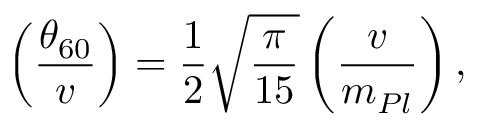
\left( \frac { \theta _ { 6 0 } } { v } \right) = { \frac { 1 } { 2 } } \sqrt { \frac { \pi } { 1 5 } } \left( \frac { v } { m _ { P l } } \right) ,